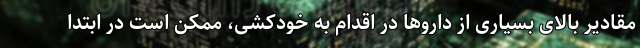
مقادیر بالای بسیاری از داروها در اقدام به خودکشی، ممکن است در ابتدا